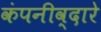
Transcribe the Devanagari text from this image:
कंपनीव्दारे